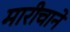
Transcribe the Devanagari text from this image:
मारीचाने